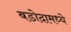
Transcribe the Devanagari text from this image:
बडोदामध्ये